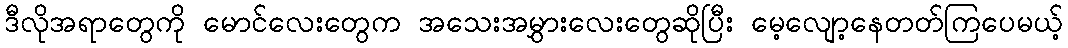
ဒီလိုအရာတွေကို မောင်လေးတွေက အသေးအမွှားလေးတွေဆိုပြီး မေ့လျော့နေတတ်ကြပေမယ့်